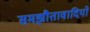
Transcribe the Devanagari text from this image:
समझौतावादियों